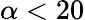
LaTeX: \alpha<20